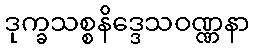
ဒုက္ခသစ္စနိဒ္ဒေသဝဏ္ဏနာ